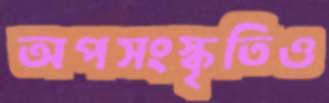
অপসংস্কৃতিও